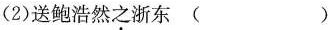
（2）送鲍浩然之浙东（ ）